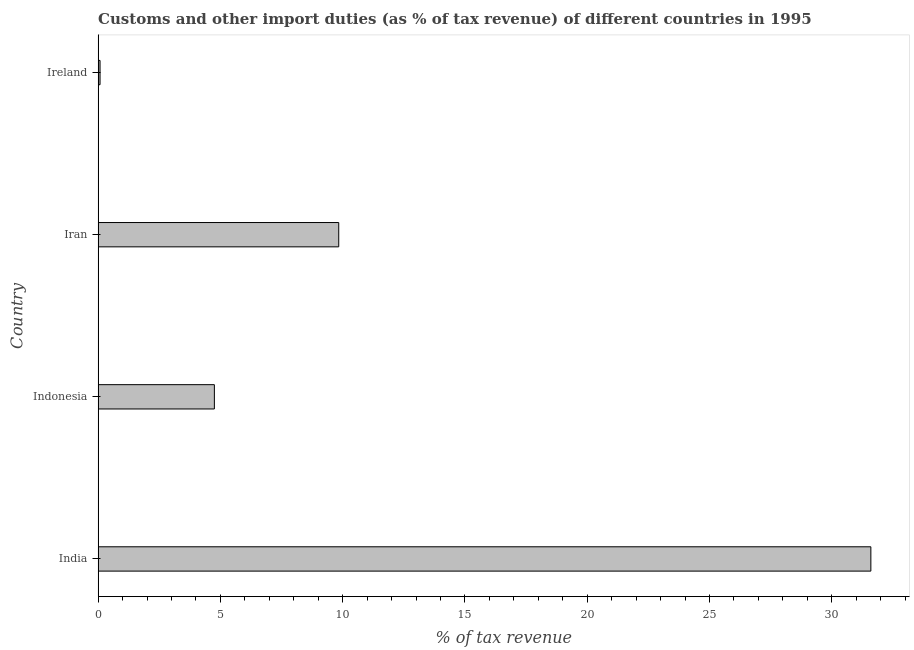
| Country | Customs and other import duties |
 | --- | --- |
 | India | 31.6 |
 | Indonesia | 4.75 |
 | Iran | 9.84 |
 | Ireland | 0.0788 |